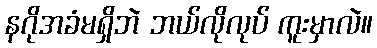
နဂိုအခံမရှိဘဲ ဘယ်လိုလုပ် ကူးမှာလဲ။